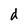
Character: d